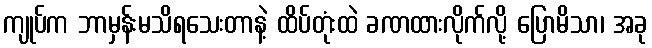
ကျုပ်က ဘာမှန်းမသိရသေးတာနဲ့ ထိပ်တုံးထဲ ခဏထားလိုက်လို့ ပြောမိသာ၊ အခု